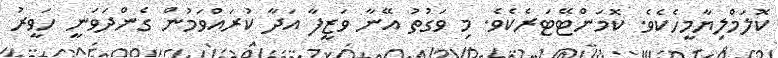
ކޮލަމްލިޔާމީހެކެވެ. ކޮމަންޓޭޓަރެކެވެ. މި ވަގުތު އޭނާ ވަޒީފާ އަދާ ކުރައްވަމުން ގެންދަވަނީ ހަވީރު